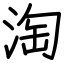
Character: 淘